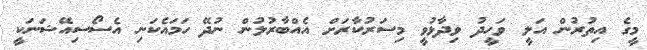
މީގެ އިތުރުން އަލީ ވަހީދު ވިދާޅުވީ މިސަރުކާރަށް އެއްބާރުލުން ނުދޭ ހަމައެކަނި އެސޯސިއޭޝަނަކީ